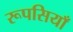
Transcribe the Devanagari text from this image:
रूपसियाँ